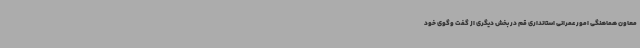
معاون هماهنگی امور عمرانی استانداری قم در بخش دیگری از گفت وگوی خود